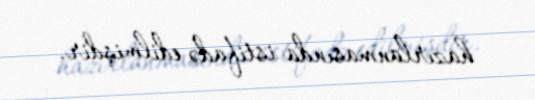
hazırlanmasında istifadə edilmişdir.